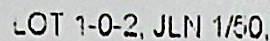
LOT 1-0-2, JLN 1/50,